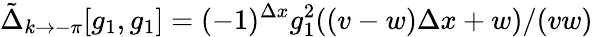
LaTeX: \tilde{\Delta}_{k\to-\pi}[g_{1},g_{1}]=(-1)^{\Delta x}g_{1}^{2}((v-w)\Delta x+w)/(vw)